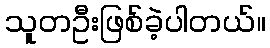
သူတဦးဖြစ်ခဲ့ပါတယ်။